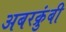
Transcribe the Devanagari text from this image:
अबरक्रुंबी